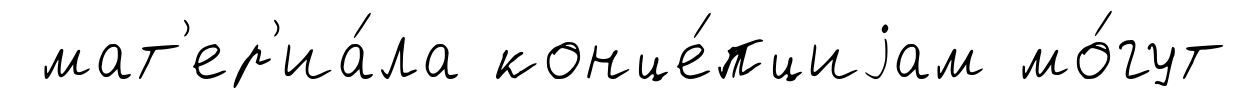
мат'ер'иа́ла конце́пциjам мо́гут